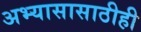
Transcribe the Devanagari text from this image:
अभ्यासासाठीही